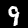
Label: 9